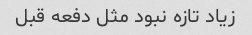
زیاد تازه نبود مثل دفعه قبل